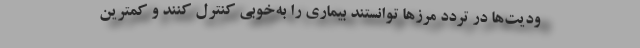
ودیت‌ها در تردد مرزها توانستند بیماری را به‌خوبی کنترل کنند و کمترین